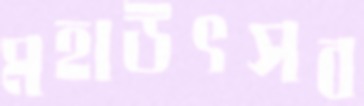
মহাউৎসব